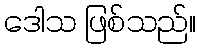
ဒေါသ ဖြစ်သည်။